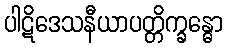
ပါဋိဒေသနီယာပတ္တိက္ခန္ဓော